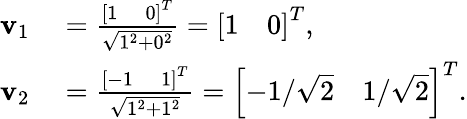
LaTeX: \begin{array}{rl}{\mathbf{v}_{1}}&{{}=\frac{\left[1\quad 0\right]^{T}}{\sqrt{1^{2}+0^{2}}}=\left[1\quad 0\right]^{T},}\\ {\mathbf{v}_{2}}&{{}=\frac{\left[-1\quad 1\right]^{T}}{\sqrt{1^{2}+1^{2}}}=\left[-1/\sqrt{2}\quad 1/\sqrt{2}\right]^{T}.}\end{array}